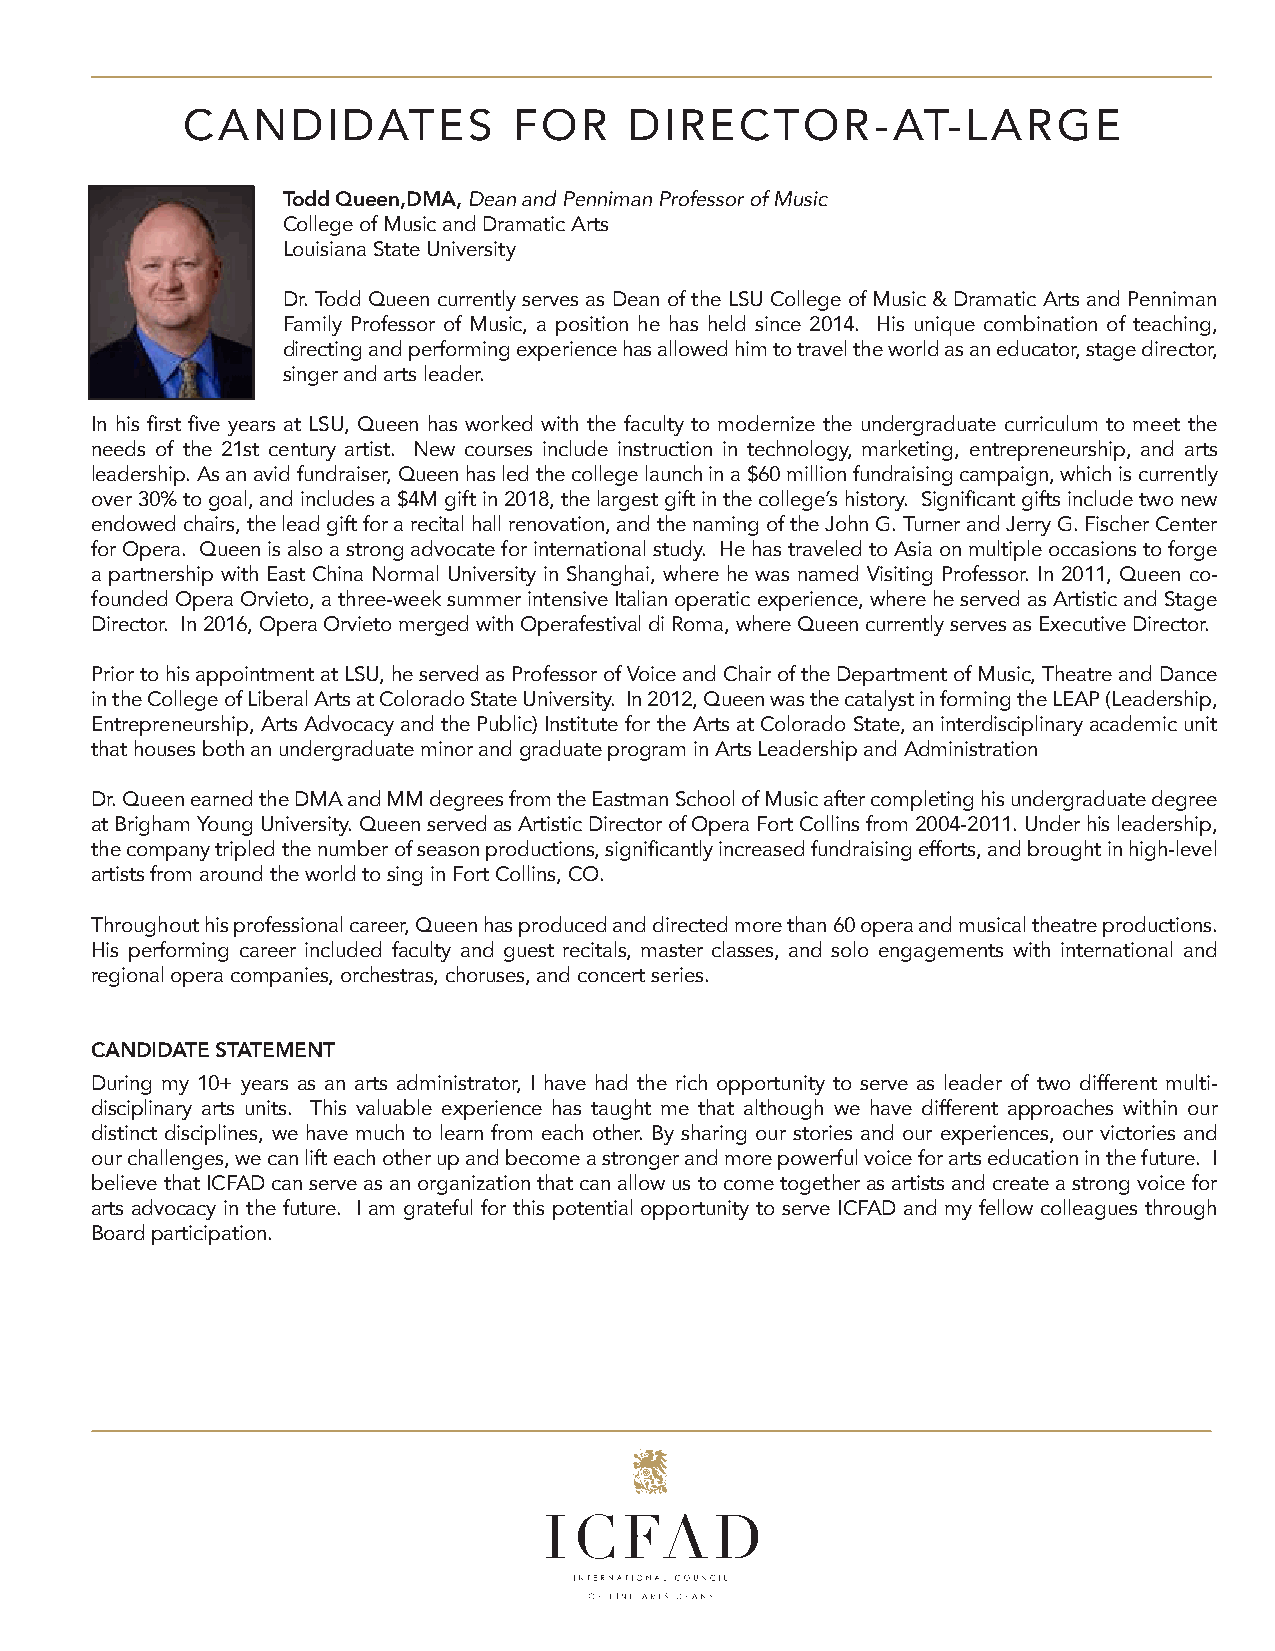
CANDIDATES            FOR     DIRECTOR-AT-LARGE
 Todd Queen,DMA, Dean and Penniman Professor of Music
 College of Music and Dramatic Arts
 Louisiana State University
 Dr. Todd Queen currently serves as Dean of the LSU College of Music & Dramatic Arts and Penniman
 Family Professor of Music, a position he has held since 2014. His unique combination of teaching,
 directing and performing experience has allowed him to travel the world as an educator, stage director,
 singer and arts leader.
 In his first five years at LSU, Queen has worked with the faculty to modernize the undergraduate curriculum to meet the
 needs of the 21st century artist. New courses include instruction in technology, marketing, entrepreneurship, and arts
 leadership. As an avid fundraiser, Queen has led the college launch in a $60 million fundraising campaign, which is currently
 over 30% to goal, and includes a $4M gift in 2018, the largest gift in the college’s history. Significant gifts include two new
 endowed chairs, the lead gift for a recital hall renovation, and the naming of the John G. Turner and Jerry G. Fischer Center
 for Opera. Queen is also a strong advocate for international study. He has traveled to Asia on multiple occasions to forge
 a partnership with East China Normal University in Shanghai, where he was named Visiting Professor. In 2011, Queen co-
 founded Opera Orvieto, a three-week summer intensive Italian operatic experience, where he served as Artistic and Stage
 Director. In 2016, Opera Orvieto merged with Operafestival di Roma, where Queen currently serves as Executive Director.
 Prior to his appointment at LSU, he served as Professor of Voice and Chair of the Department of Music, Theatre and Dance
 in the College of Liberal Arts at Colorado State University. In 2012, Queen was the catalyst in forming the LEAP (Leadership,
 Entrepreneurship, Arts Advocacy and the Public) Institute for the Arts at Colorado State, an interdisciplinary academic unit
 that houses both an undergraduate minor and graduate program in Arts Leadership and Administration
 Dr. Queen earned the DMA and MM degrees from the Eastman School of Music after completing his undergraduate degree
 at Brigham Young University. Queen served as Artistic Director of Opera Fort Collins from 2004-2011. Under his leadership,
 the company tripled the number of season productions, significantly increased fundraising efforts, and brought in high-level
 artists from around the world to sing in Fort Collins, CO.
 Throughout his professional career, Queen has produced and directed more than 60 opera and musical theatre productions.
 His performing career included faculty and guest recitals, master classes, and solo engagements with international and
 regional opera companies, orchestras, choruses, and concert series.
 CANDIDATE STATEMENT
 During my 10+ years as an arts administrator, I have had the rich opportunity to serve as leader of two different multi-
 disciplinary arts units. This valuable experience has taught me that although we have different approaches within our
 distinct disciplines, we have much to learn from each other. By sharing our stories and our experiences, our victories and
 our challenges, we can lift each other up and become a stronger and more powerful voice for arts education in the future. I
 believe that ICFAD can serve as an organization that can allow us to come together as artists and create a strong voice for
 arts advocacy in the future. I am grateful for this potential opportunity to serve ICFAD and my fellow colleagues through
 Board participation.